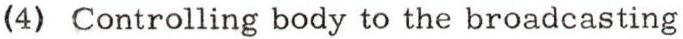
(4) Controlling body to the broadcasting